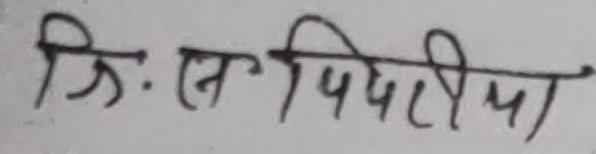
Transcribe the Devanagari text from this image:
त्रि. स. पिपरीया